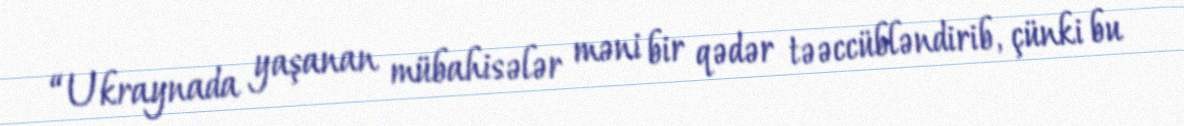
“Ukraynada yaşanan mübahisələr məni bir qədər təəccübləndirib, çünki bu